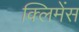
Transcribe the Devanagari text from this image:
क्लिमेंस